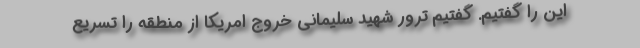
این را گفتیم. گفتیم ترور شهید سلیمانی خروج امریکا از منطقه را تسریع